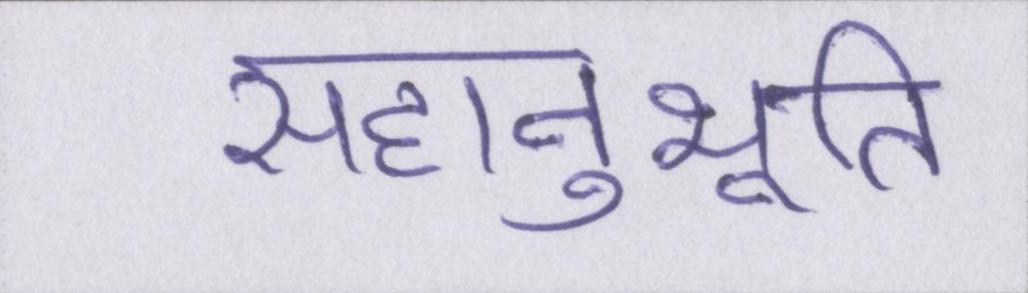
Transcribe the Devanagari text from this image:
सहानुभूति